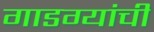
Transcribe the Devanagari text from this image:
गाडग्यांची